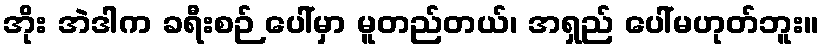
အိုး အဲဒါက ခရီးစဉ် ပေါ်မှာ မူတည်တယ်၊ အရှည် ပေါ်မဟုတ်ဘူး။